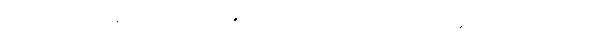
ဓားတွင် အမှန်ပင် အစင်း အရာ မရှိတော့ဘဲ ပကတိ ချောမွေ့သွားလေပြီ။